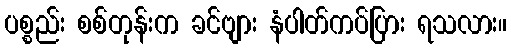
ပစ္စည်း စစ်တုန်းက ခင်ဗျား နံပါတ်ကပ်ပြား ရသလား။